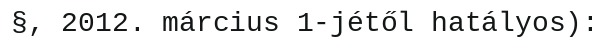
§, 2012. március 1-jétől hatályos):